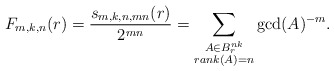
\begin{align*} F_{m, k, n}(r) = \dfrac{s_{m, k, n, mn}(r)}{2^{mn}}= \sum_{\substack{ A \in B_r^{nk} \\ rank(A) = n }} \gcd(A)^{-m}.\end{align*}